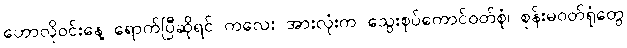
ဟောလိုဝင်းနေ့ ရောက်ပြီဆိုရင် ကလေး အားလုံးက သွေးစုပ်ကောင်ဝတ်စုံ၊ စုန်းမဝတ်ရုံတွေ